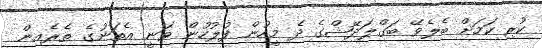
ކުރި ކަމަށް ބެލެވޭ ބަގްލަދޭޝްގެ ދެ މީހުން ފުލުހުން ވަނީ އެތަނުގެ ތެރެއިން